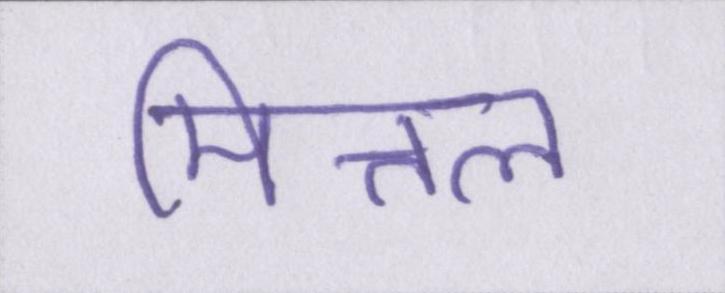
मित्तल